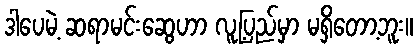
ဒါပေမဲ့ ဆရာမင်းဆွေဟာ လူ့ပြည်မှာ မရှိတော့ဘူး။